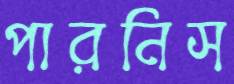
পারনিস